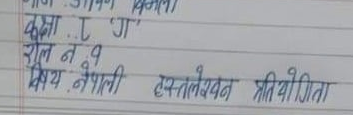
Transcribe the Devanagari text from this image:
आज : आमन बिमला
कक्षा : १ "ग"
रोल नं. १
विषय नेपाली हस्तलेखन प्रतियोगिता